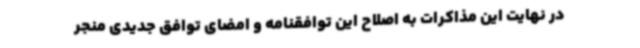
در نهایت این مذاکرات به اصلاح این توافقنامه و امضای توافق جدیدی منجر